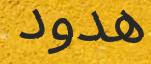
ھدود